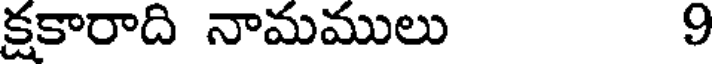
క్షకారాది నామములు 9